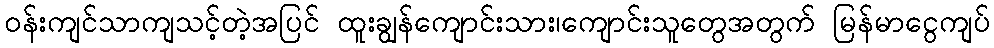
ဝန်းကျင်သာကျသင့်တဲ့အပြင် ထူးချွန်ကျောင်းသား၊ကျောင်းသူတွေအတွက် မြန်မာငွေကျပ်